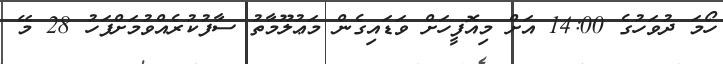
ހޯމަ ދުވަހުގެ 14:00 އަށް މިއޮފީހަށް ވަޑައިގެން މަޢުލޫމާތު ސާފުކުރެއްވުމަށްފަހު 28 މޭ